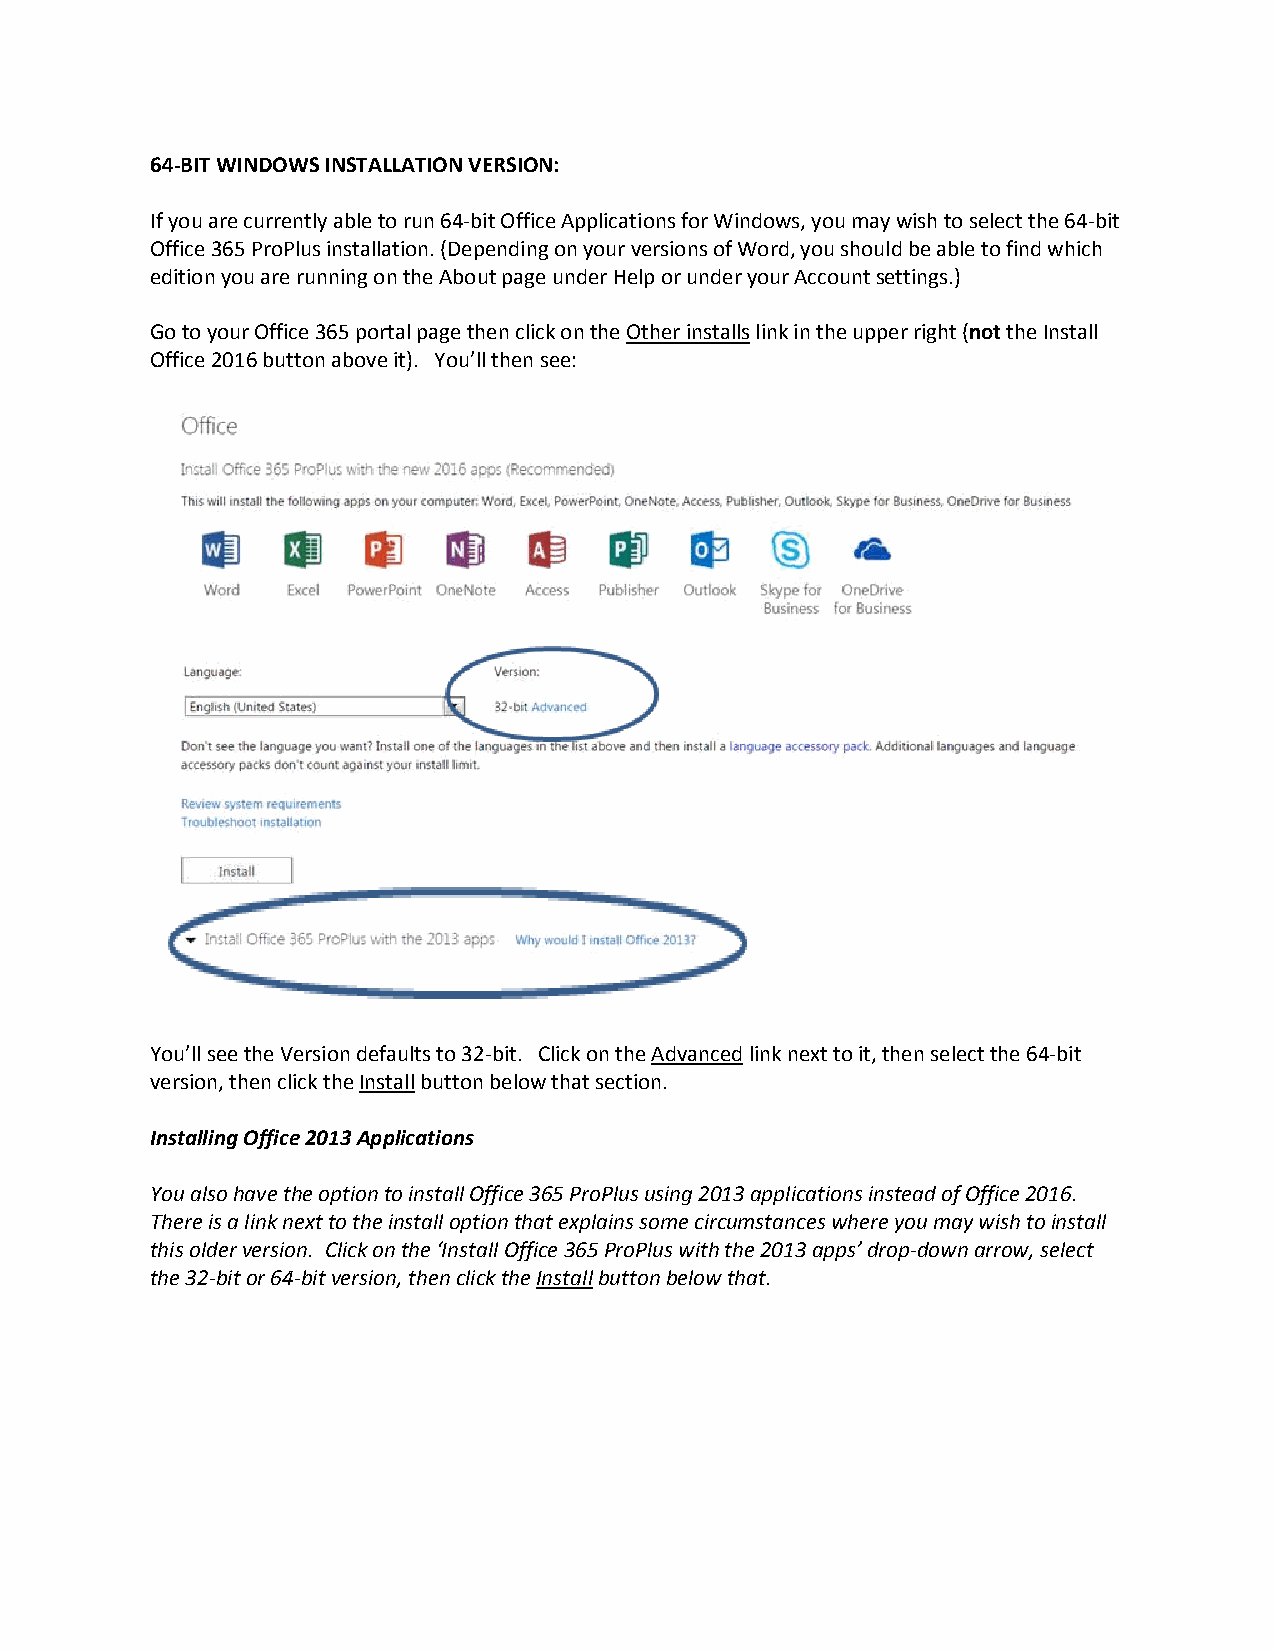
64-BIT WINDOWS INSTALLATION VERSION:
 If you are currently able to run 64-bit Office Applications for Windows, you may wish to select the 64-bit
 Office 365 ProPlus installation. (Depending on your versions of Word, you should be able to find which
 edition you are running on the About page under Help or under your Account settings.)
 Go to your Office 365 portal page then click on the Other installs link in the upper right (not the Install
 Office 2016 button above it). You’ll then see:
 You’ll see the Version defaults to 32-bit. Click on the Advanced link next to it, then select the 64-bit
 version, then click the Install button below that section.
 Installing Office 2013 Applications
 You also have the option to install Office 365 ProPlus using 2013 applications instead of Office 2016.
 There is a link next to the install option that explains some circumstances where you may wish to install
 this older version. Click on the ‘Install Office 365 ProPlus with the 2013 apps’ drop-down arrow, select
 the 32-bit or 64-bit version, then click the Install button below that.